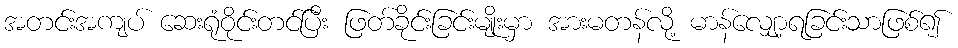
အတင်းအကျပ် ဆေးရုံဝိုင်းတင်ပြီး ဖြတ်ခိုင်းခြင်းမျိုးမှာ အားမတန်လို့ မာန်လျှော့ရခြင်းသာဖြစ်၍